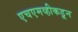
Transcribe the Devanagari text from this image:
एचएमव्हीकडून